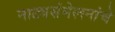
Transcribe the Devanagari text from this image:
नाट्यसंमेलनांचे